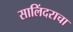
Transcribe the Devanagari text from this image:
सालिंदराचा